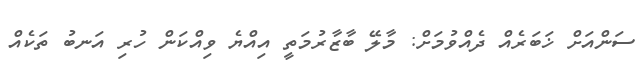
ސަންއަށް ޚަބަރެއް ދެއްވުމަށް: މާލޭ ބާޒާރުމަތީ އިއްޔެ ވިއްކަން ހުރި އަނބު ތަކެއް